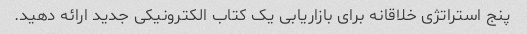
پنج استراتژی خلاقانه برای بازاریابی یک کتاب الکترونیکی جدید ارائه دهید.